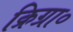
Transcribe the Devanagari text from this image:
क्रिग्रा०